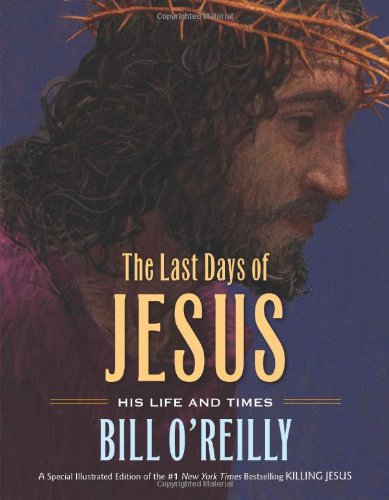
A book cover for The Last Days of Jesus: His Life and Times; Bill O'Reilly; Teen & Young Adult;